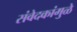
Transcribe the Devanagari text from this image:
संवेदकांमुळे